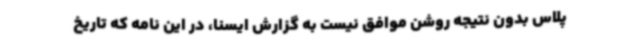
پلاس بدون نتیجه روشن موافق نیست به گزارش ایسنا، در این نامه که تاریخ